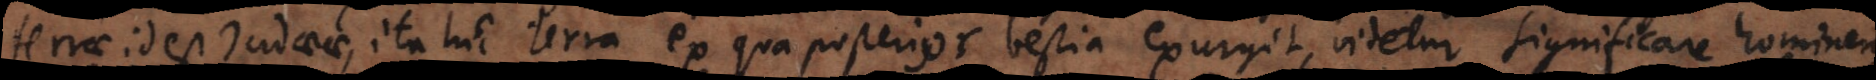
terrae id est Judaeae, ita hic terra ex qua posterior bestia exurgit, videtur significare hominem